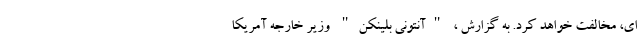
ای، مخالفت خواهد کرد. به گزارش ، "آنتونی بلینکن" وزیر خارجه آمریکا